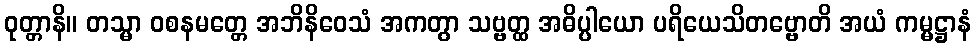
ဝုတ္တာနိ။ တသ္မာ ဝစနမတ္တေ အဘိနိဝေသံ အကတွာ သဗ္ဗတ္ထ အဓိပ္ပါယော ပရိယေသိတဗ္ဗောတိ အယံ ကမ္မဋ္ဌာနံ